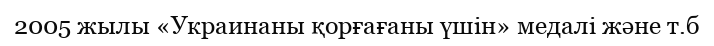
2005 жылы «Украинаны қорғағаны үшін» медалі және т.б